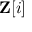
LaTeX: \mathbf { Z } [ i ]